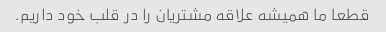
قطعا ما همیشه علاقه مشتریان را در قلب خود داریم.